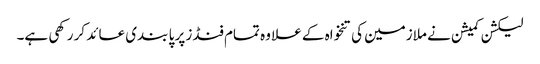
لیکشن کمیشن نے ملازمین کی تنخواہ کے علا وہ تمام فنڈز پر پا بندی عائد کر رکھی ہے۔